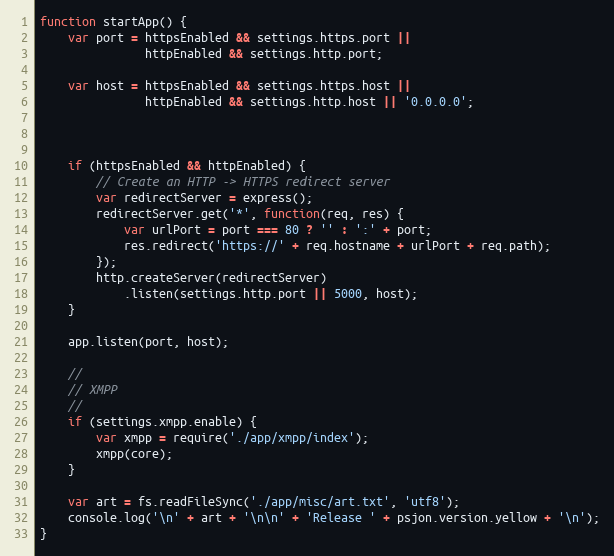
Language: JavaScript
function startApp() {
    var port = httpsEnabled && settings.https.port ||
               httpEnabled && settings.http.port;

    var host = httpsEnabled && settings.https.host ||
               httpEnabled && settings.http.host || '0.0.0.0';

    if (httpsEnabled && httpEnabled) {
        // Create an HTTP -> HTTPS redirect server
        var redirectServer = express();
        redirectServer.get('*', function(req, res) {
            var urlPort = port === 80 ? '' : ':' + port;
            res.redirect('https://' + req.hostname + urlPort + req.path);
        });
        http.createServer(redirectServer)
            .listen(settings.http.port || 5000, host);
    }

    app.listen(port, host);

    //
    // XMPP
    //
    if (settings.xmpp.enable) {
        var xmpp = require('./app/xmpp/index');
        xmpp(core);
    }

    var art = fs.readFileSync('./app/misc/art.txt', 'utf8');
    console.log('\n' + art + '\n\n' + 'Release ' + psjon.version.yellow + '\n');
}